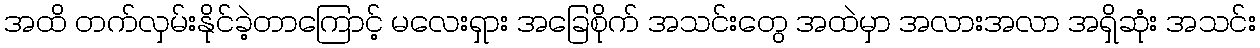
အထိ တက်လှမ်းနိုင်ခဲ့တာကြောင့် မလေးရှား အခြေစိုက် အသင်းတွေ အထဲမှာ အလားအလာ အရှိဆုံး အသင်း